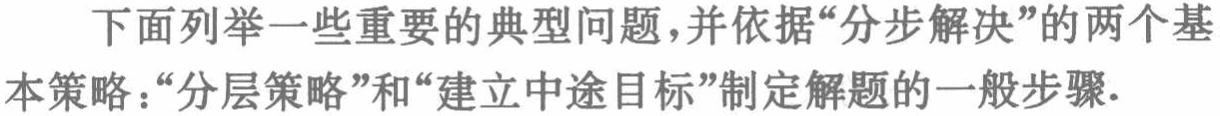
下面列举一些重要的典型问题，并依据“分步解决”的两个基本策略：“分层策略”和“建立中途目标”制定解题的一般步骤.